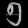
Digit: ၅